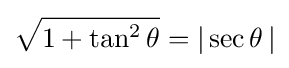
{\sqrt {1+\tan ^{2}\theta }}=|\sec \theta \,|